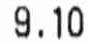
9.10